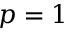
p = 1